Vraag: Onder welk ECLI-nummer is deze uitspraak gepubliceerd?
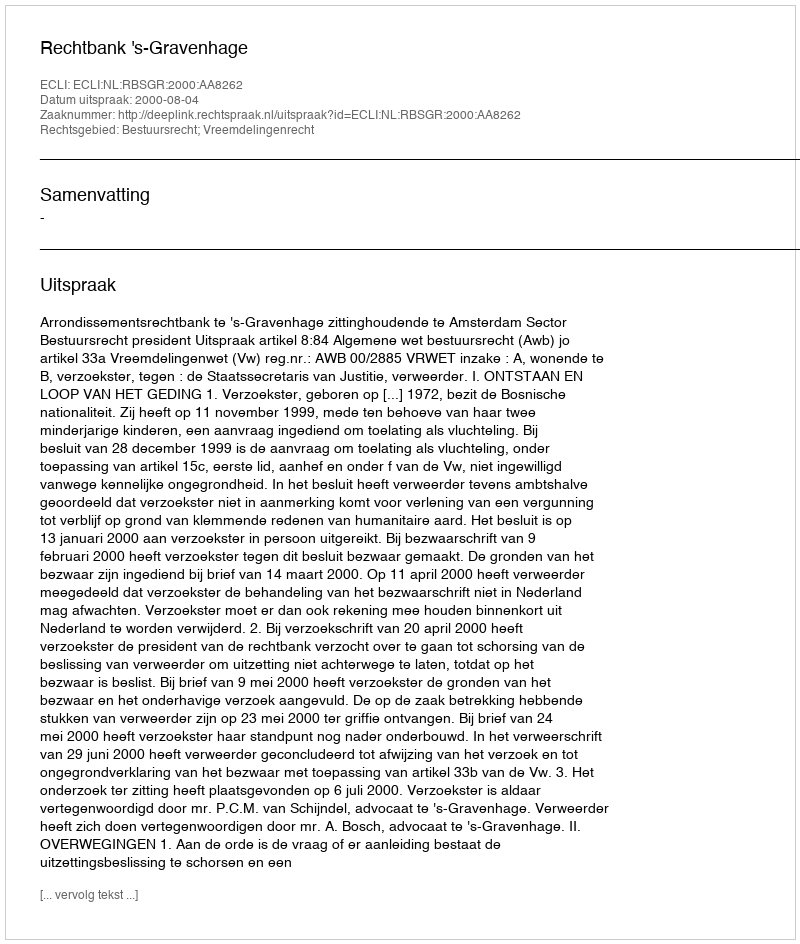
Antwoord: ECLI:NL:RBSGR:2000:AA8262